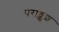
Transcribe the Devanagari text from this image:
पराङ्कुश